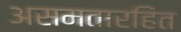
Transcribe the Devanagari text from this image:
असमतारहित